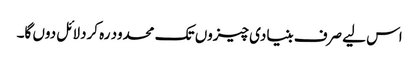
اس لیے صرف بنیادی چیزوں تک محدود رہ کردلائل دوں گا۔